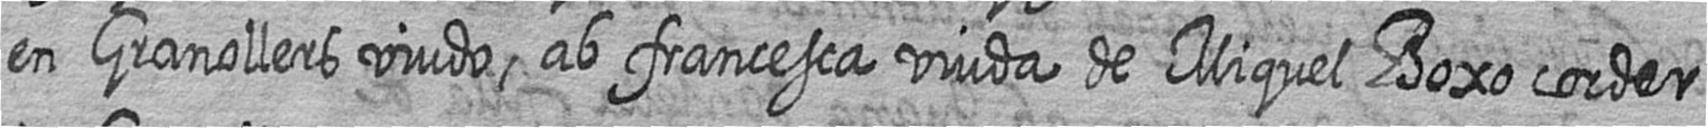
en Granollers viudo ab francesca viuda de Miquel Boxo corder